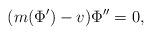
LaTeX: \begin{align*}(m(\Phi') - v)\Phi'' = 0,\end{align*}